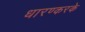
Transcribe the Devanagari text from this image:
धारण्करके